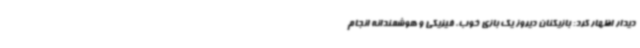
دیدار اظهار کرد: بازیکنان دیروز یک بازی خوب، فیزیکی و هوشمندانه انجام